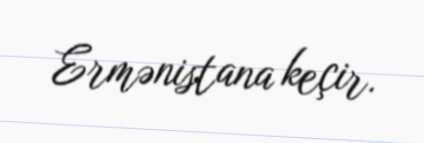
Ermənistana keçir.